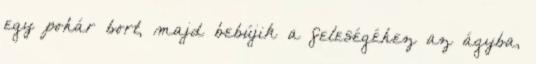
egy pohár bort, majd bebújik a feleségéhez az ágyba,